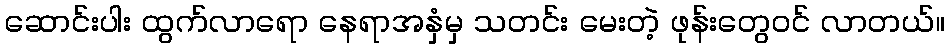
ဆောင်းပါး ထွက်လာရော နေရာအနှံမှ သတင်း မေးတဲ့ ဖုန်းတွေဝင် လာတယ်။